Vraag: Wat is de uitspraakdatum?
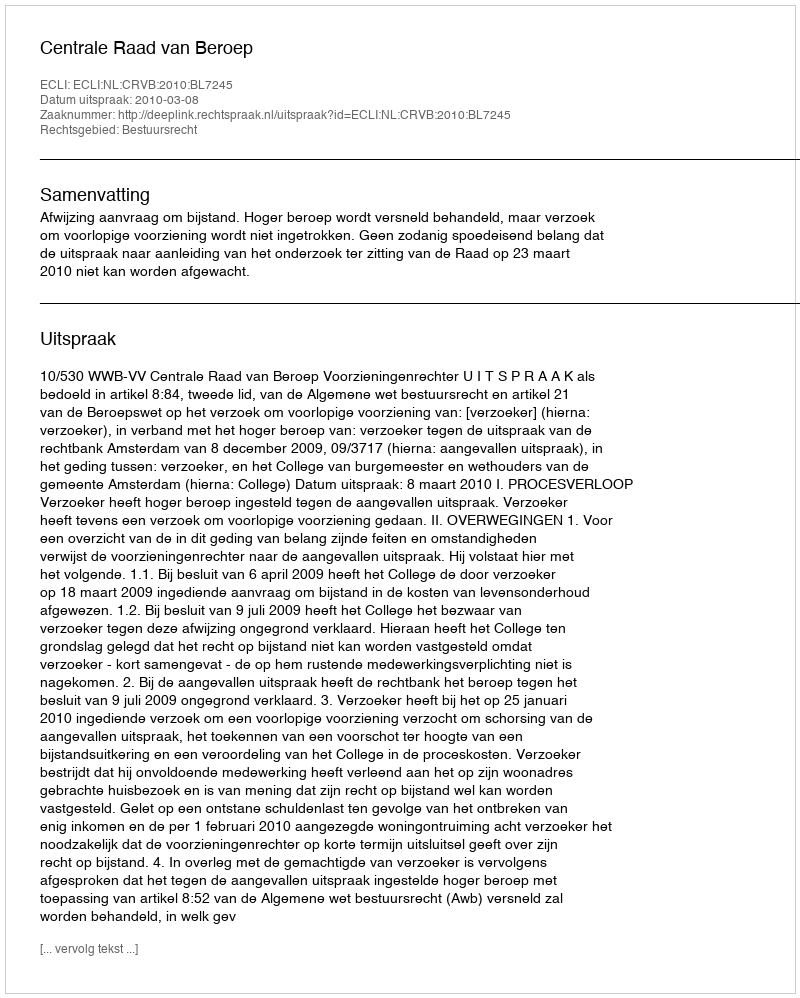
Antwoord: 2010-03-08